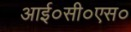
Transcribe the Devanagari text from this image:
आई०सी०एस०